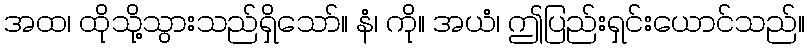
အထ၊ ထိုသို့သွားသည်ရှိသော်။ နံ၊ ကို။ အယံ၊ ဤပြည်းရှင်းယောင်သည်။